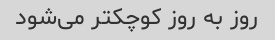
روز به روز کوچکتر می‌شود